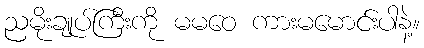
ညမိုးချုပ်ကြီးကို မမဝေ ကားမမောင်းပါနဲ့။